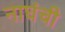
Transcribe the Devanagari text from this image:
नाघंची